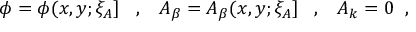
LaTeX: \phi = \phi ( x , y ; \xi _ { A } ] \; \; \; , \; \; \; A _ { \beta } = A _ { \beta } ( x , y ; \xi _ { A } ] \; \; \; , \; \; \; A _ { k } = 0 \; \; ,